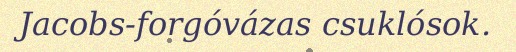
Jacobs-forgóvázas csuklósok.